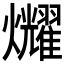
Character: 𤓛